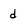
Character: d